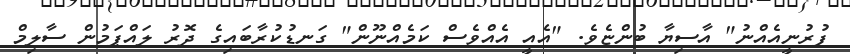
ފުރުނީއެއްނު" އާސިޔާ ބުންޏެވެ. "އެއީ އެއްވެސް ކަމެއްނޫން" ގަނޑުކުރާބައިގެ ދޮރު ލައްޕަމުން ސާލިމް